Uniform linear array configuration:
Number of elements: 32
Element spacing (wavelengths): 0.25
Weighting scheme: cosine
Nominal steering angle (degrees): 15
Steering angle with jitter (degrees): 13.168
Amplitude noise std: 0.05
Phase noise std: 0.05

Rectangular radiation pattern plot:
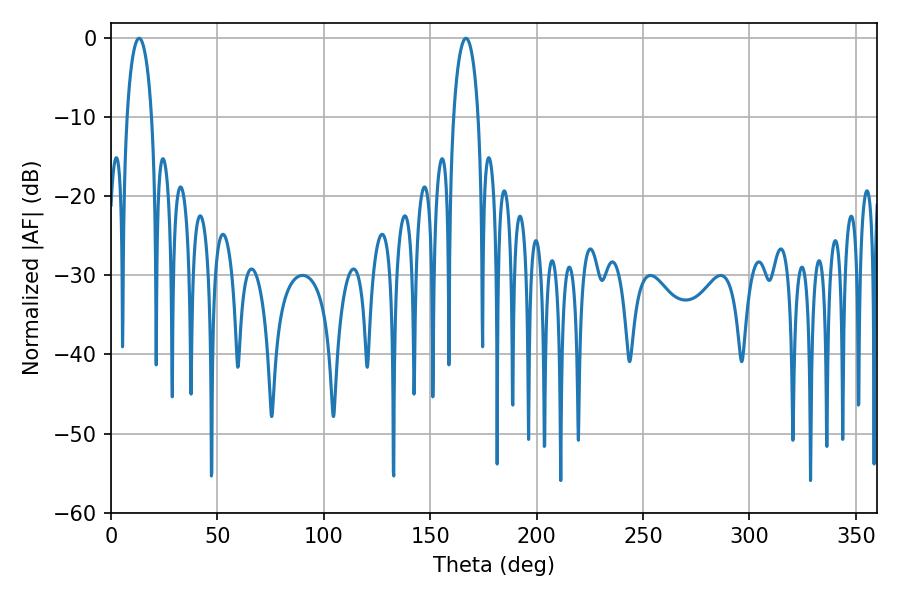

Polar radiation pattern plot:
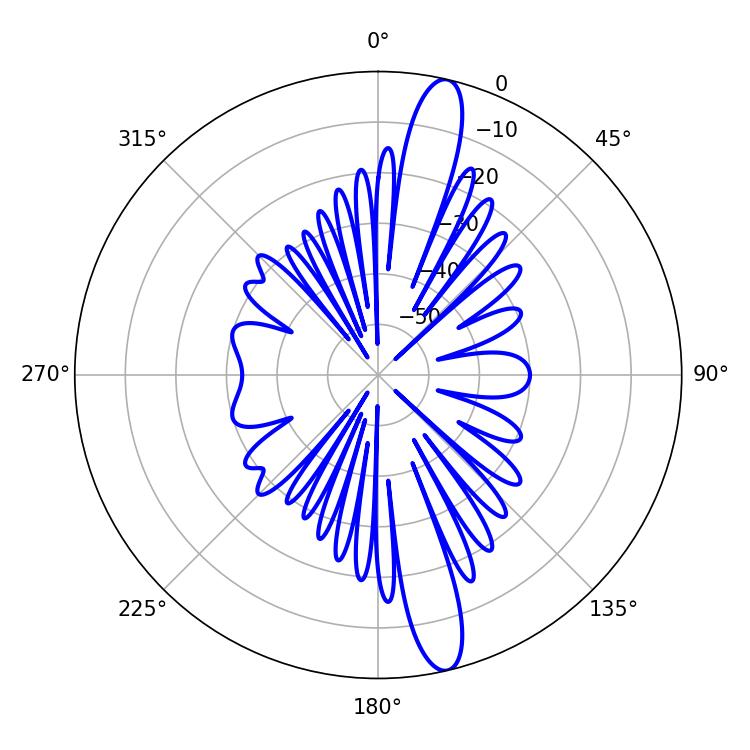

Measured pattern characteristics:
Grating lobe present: FALSE
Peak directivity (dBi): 15.331
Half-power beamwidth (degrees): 6.66
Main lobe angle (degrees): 13.14